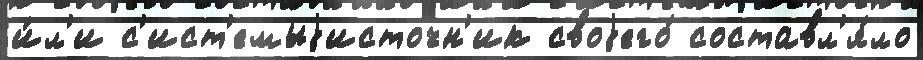
и́л'и с'ист'емыjисточн'ик своjего́ составл'я́ло